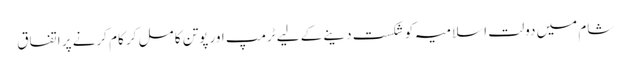
شام میں دولت اسلامیہ کو شکست دینے کے لیے ٹرمپ اور پوتن کا مل کر کام کرنے پر اتفاق